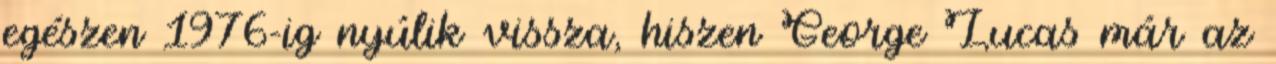
egészen 1976-ig nyúlik vissza, hiszen George Lucas már az